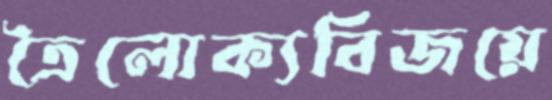
ত্রৈলোক্যবিজয়ে